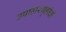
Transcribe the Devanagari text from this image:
उपाहारगृहांची